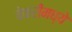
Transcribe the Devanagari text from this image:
बेकरीमध्ये